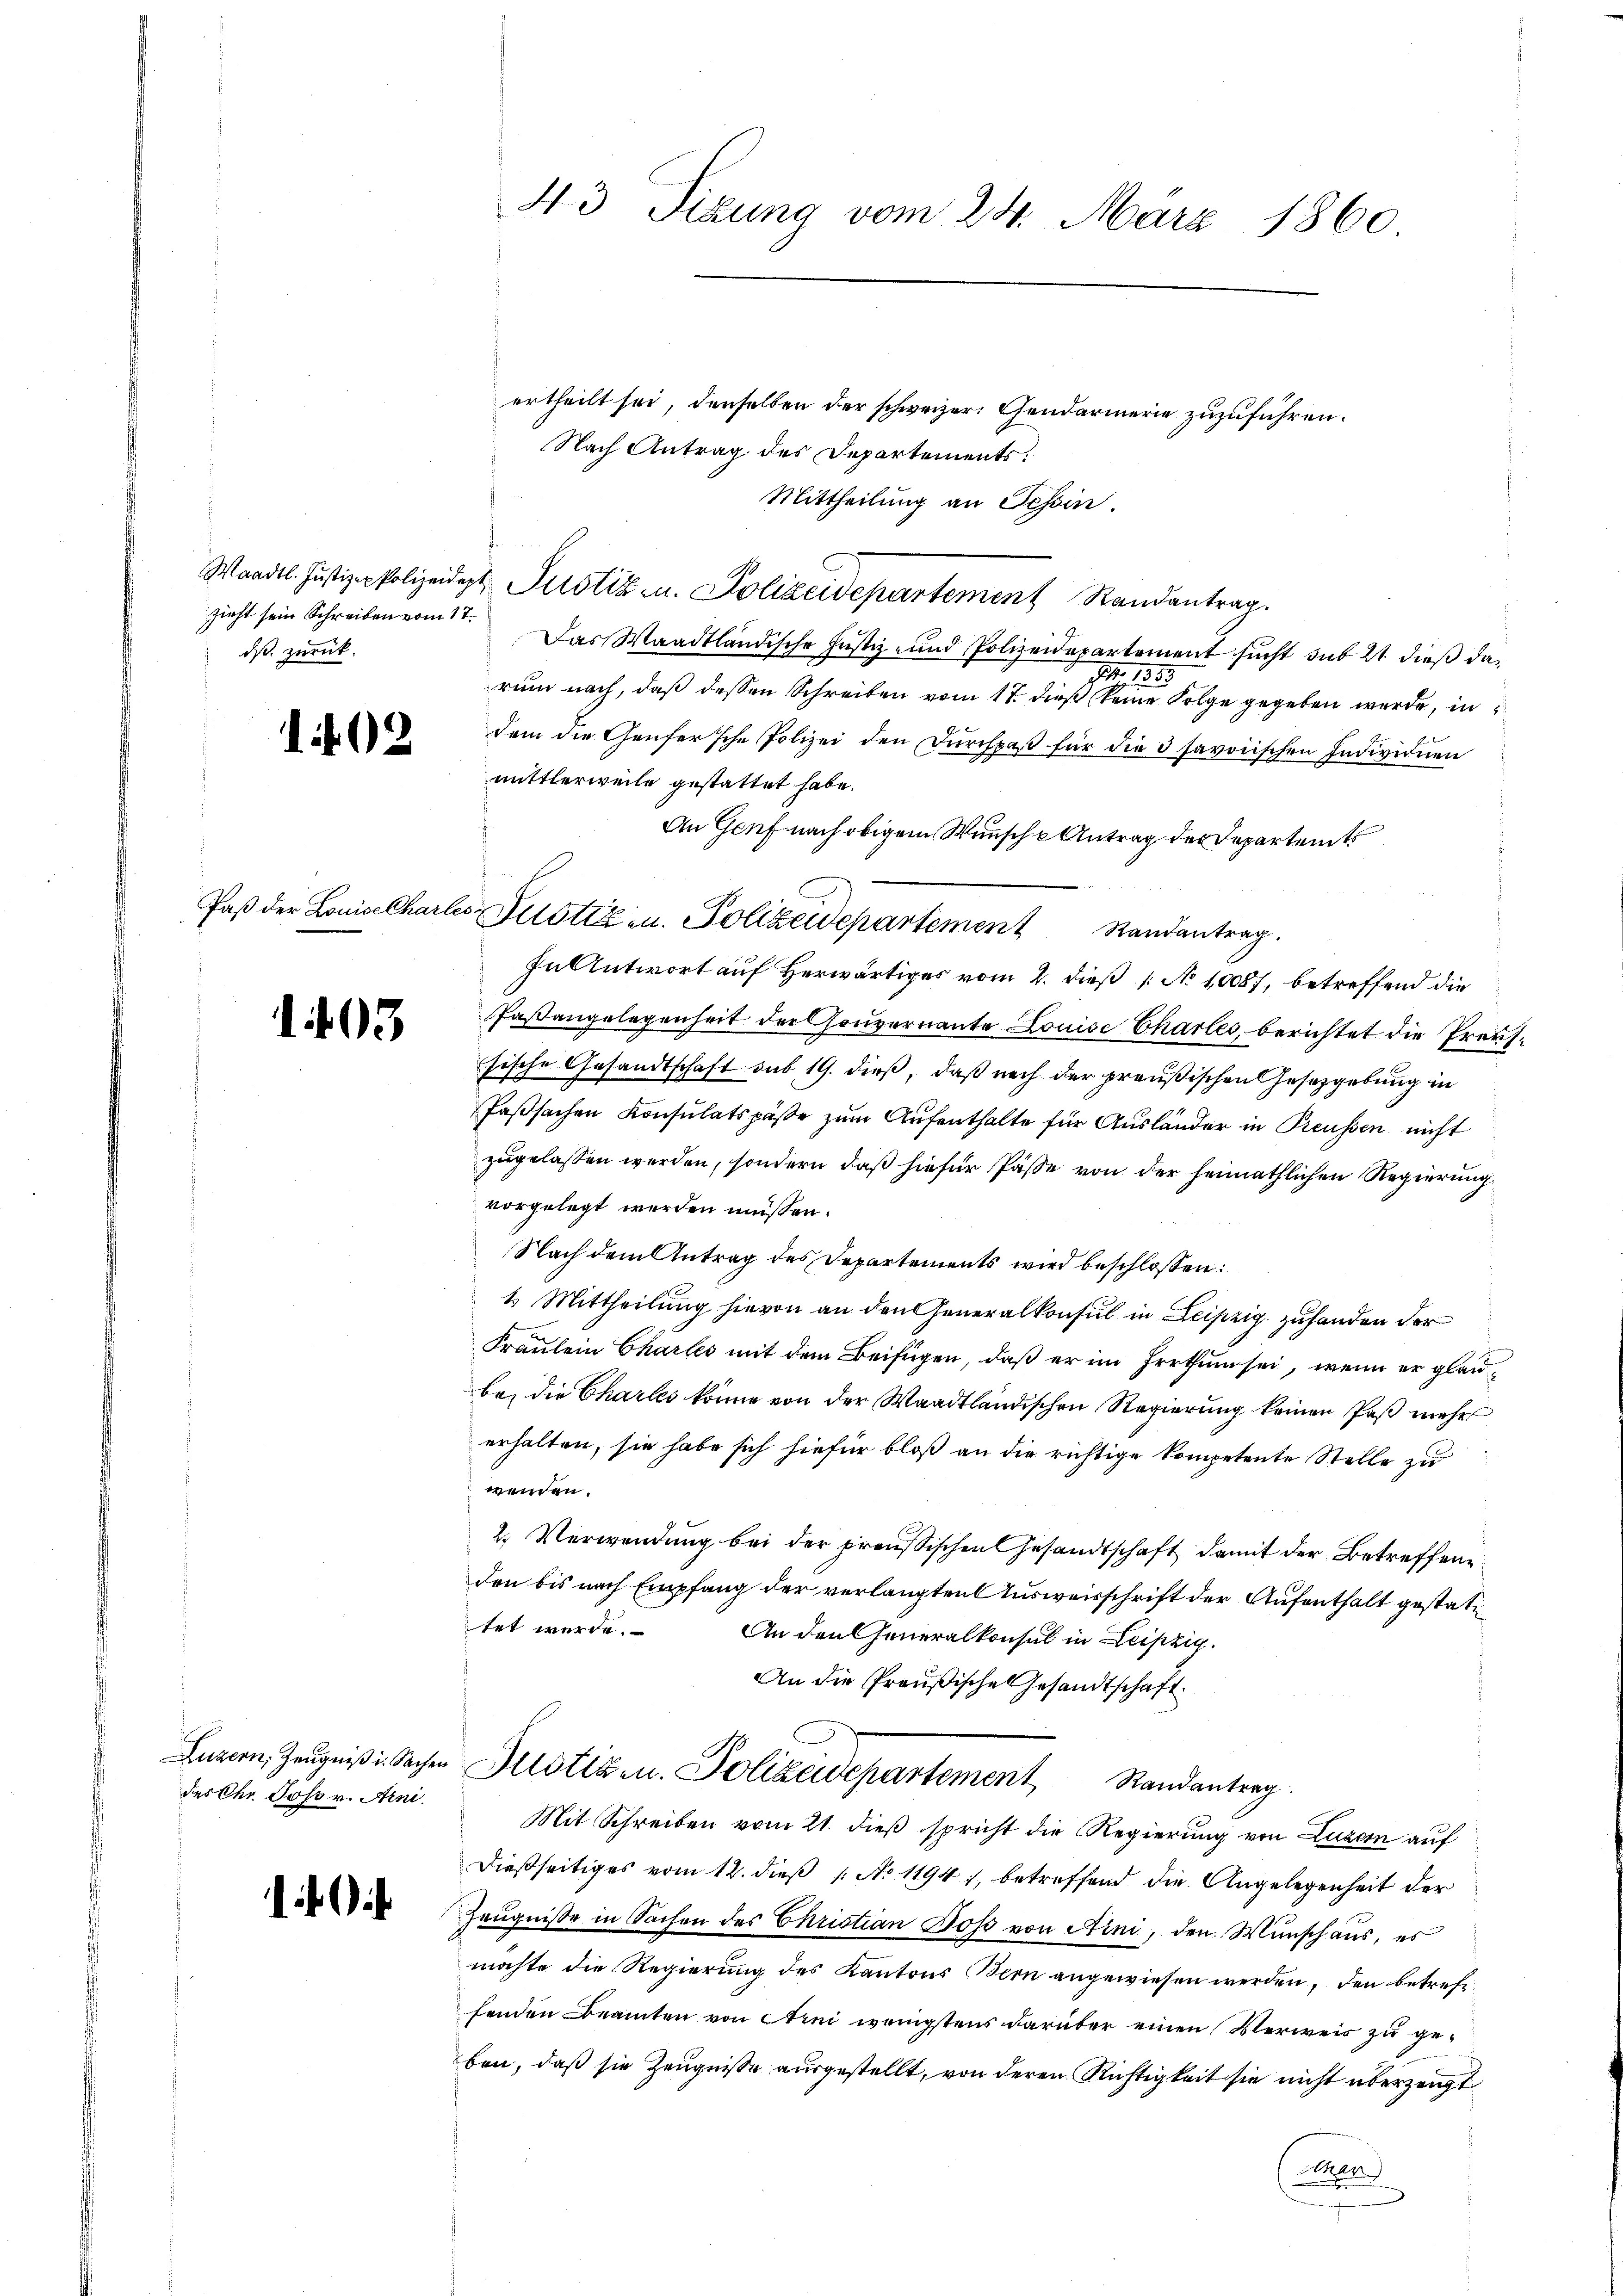
sieht sein Schreiben vom 17.
dß. zurück.

102

1403

des Chr. Joso v. Arni

1

43 Sizung vom 24. März 1860

ertheilt sei, denselben der schweizer. Gendarmerie zuzuführen.
Nach Antrag des Departements.
Mittheilung an Tessin.
Wandel. Justiza Polizeidigt, Justiz u. Polizeidepartement Randantrag.
Das Waadtländische Justiz- und Polizeidepartement sucht sub 21 dieß da¬
Ger. 1353.
rum nach, daß dessen Schreiben vom 17. dieß keine Folge gegeben wurde, in
dem die Genfersche Polizei den Dŭrchpaβ für die 3 savoischen Individuen
mittlerweile gestattet habe.
An Genf nach obigem Wunsche Antrag der Departents
In Antwort auf Herwärtiges vom 2. dieß 1 No 10087, betreffend die
Paßangelegenheit der Gouvernante Louise Charles, berichtet die Preksische Gesandtschaft sub 19. dieß, daß nach der preußischen Gesetzgebung in
Faßsachen Konsulatspäße zum Aufenthalte für Ausländer in Preussen nicht
zugelassen werden, sondern daß hiefür Pässe von der heimathlichen Regierung
vorgelegt werden müssen.
Nach dem Antrag des Departements wird beschlossen:
1. Mittheilung hievon an den Generalkonsul in Leipzig zufanden der
Fräulein Chartes mit dem Beifügen, daß er im Irrthum sei, wenn er glaubei die Chartes könne von der Waadtländischen Regierung keinen Paß mehr
erhalten, sie habe sich hiefür bloß an die richtige kompetente Stelle zu
wenden.
2. Verwendung bei der preußischen Gesandtschaft damit der Betreffenden bis nach Empfang der verlangten Ausweisschrift der Aufenthalt gestattet werde.
An den Generalkonsul in Leipzig.
An die Preußische Gesandtschaft.
Luzern, Zeŭgniβ u. Sachen Allotiz u. Polizeidepartement Randantrag.
Mit Schreiben vom 21. dieß spricht die Regierung von Luzern auf
dießseitiges vom 12. dieß 1 No 1194 f, betreffend die Angelegenheit der
Zeugnisse in Sachen des Christian Boss von Aini, den Wunschaus, es
möchte die Regierung des Kantons Bern angewiesen werden, den betreffenden Beamten von Arni wenigstens darüber einen Verweis zu geben, daß sie Zeugnisse ausgestellt, von deren Richtigkeit sie nicht überzeugt
Iter

Paß der Louise Charlese Zustiz u. Polizeidepartement Randantrag.